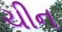
ચીન